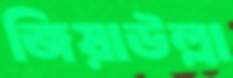
জিয়াউল্লা